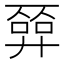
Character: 𢍦